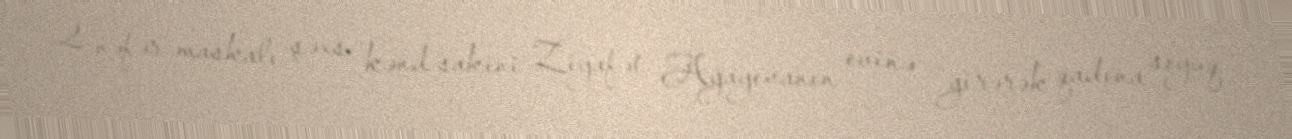
2 nəfər maskalı şəxs kənd sakini Ziyafət Ağayevanın evinə girərək qadına soyuq